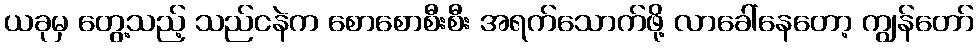
ယခုမှ တွေ့သည့် သည်ငနဲက စောစောစီးစီး အရက်သောက်ဖို့ လာခေါ်နေတော့ ကျွန်တော်